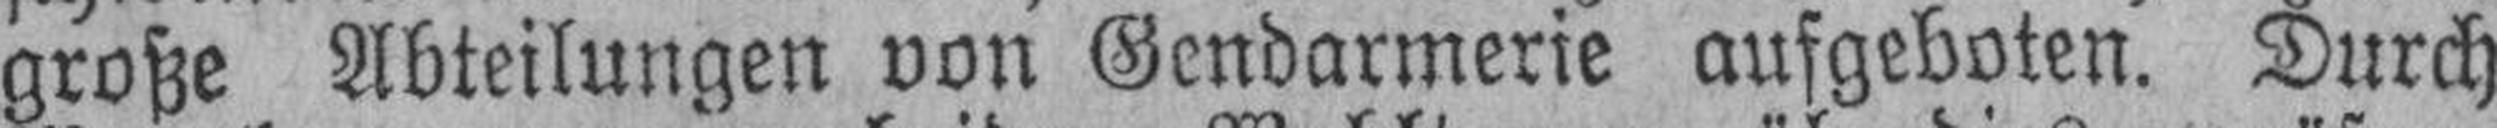
große Abteilungen von Gendarmerie aufgeboten. Durch